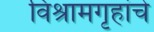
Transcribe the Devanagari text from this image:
विश्रामगृहांचे